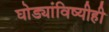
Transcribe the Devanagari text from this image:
घोड्यांविष्यीही